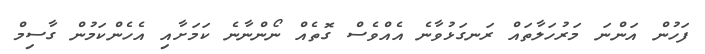
ފަހުން އަންނަ މަރުހަލާތައް ރަނގަޅުވާނެ އެއްވެސް ގޮތެއް ނޯންނާނެ ކަމަށާއި އެހެންކަމުން ގާސިމް